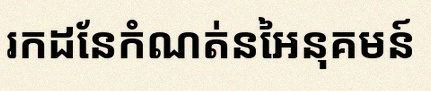
រកដែនកំណត់នៃអនុគមន៍